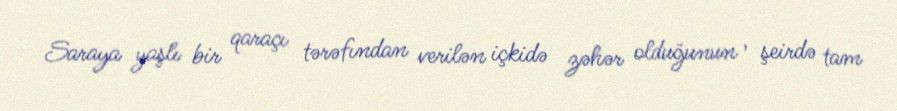
Saraya yaşlı bir qaraçı tərəfından verilən içkidə zəhər olduğunun , şeirdə tam